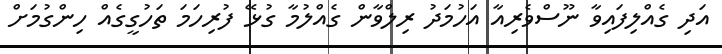
އަދި ގެއްލިފައިވާ ނޫސްވެރިއާ އަހުމަދު ރިލްވާން ގެއްލުމާ ގުޅޭ ފުރިހަމަ ތަހުގީގެއް ހިންގުމަށް